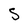
Character: S